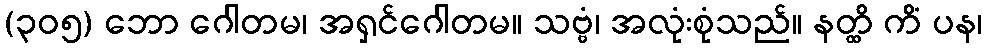
(၃၀၅) ဘော ဂေါတမ၊ အရှင်ဂေါတမ။ သဗ္ဗံ၊ အလုံးစုံသည်။ နတ္ထိ ကိံ ပန၊